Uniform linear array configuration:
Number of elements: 48
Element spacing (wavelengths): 0.25
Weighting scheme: kaiser
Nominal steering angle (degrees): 15
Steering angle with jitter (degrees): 14.592
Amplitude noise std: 0.05
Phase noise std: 0.05

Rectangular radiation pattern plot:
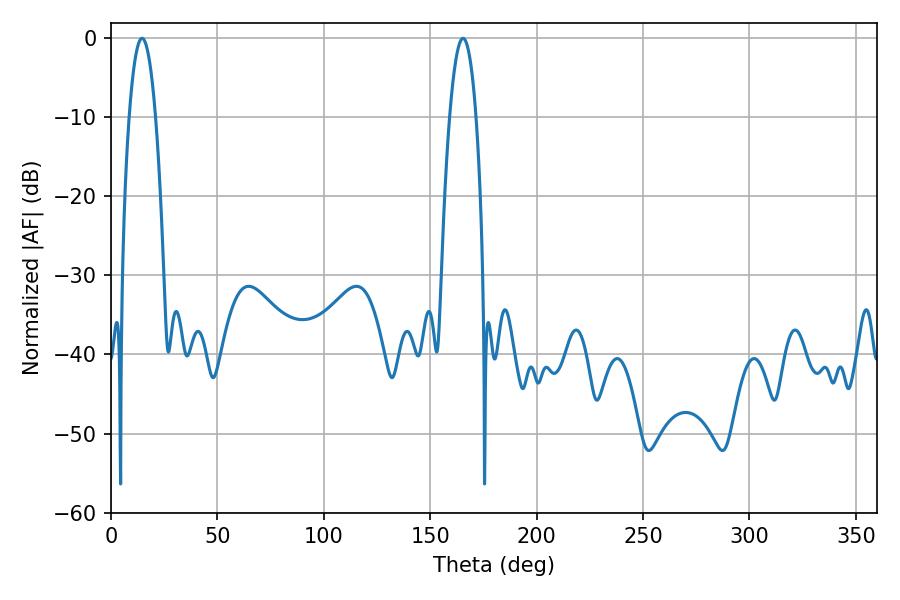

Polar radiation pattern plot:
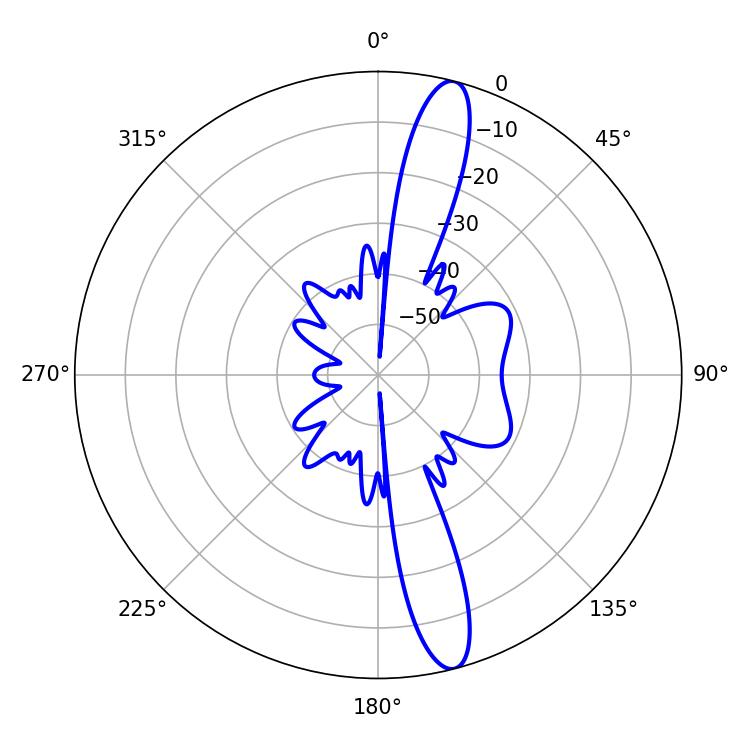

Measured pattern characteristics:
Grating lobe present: FALSE
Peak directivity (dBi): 14.84
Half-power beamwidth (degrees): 6.84
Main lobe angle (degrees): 14.58